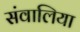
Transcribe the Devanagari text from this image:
संवालिया